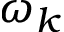
\omega _ { k }